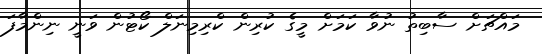
މައްޗަށް ސާބިތު ނުވާ ކަމަށް މީގެ ކުރިން ކްރިމިނަލް ކޯޓުން ވަނީ ނިންމާފަ